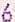
6